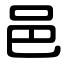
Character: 邑